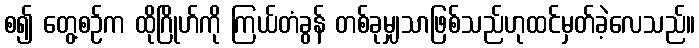
စ၍ တွေ့စဉ်က ထိုဂြိုဟ်ကို ကြယ်တံခွန် တစ်ခုမျှသာဖြစ်သည်ဟုထင်မှတ်ခဲ့လေသည်။